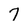
Character: 7